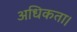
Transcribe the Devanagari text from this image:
अधिकता।